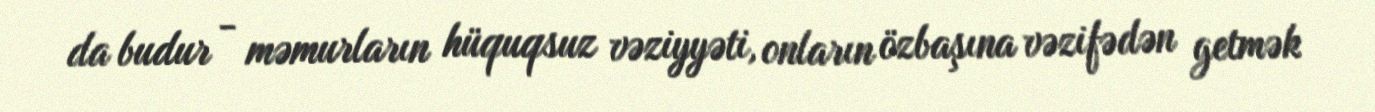
da budur - məmurların hüquqsuz vəziyyəti, onların özbaşına vəzifədən getmək